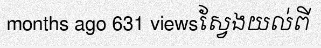
months ago 631 viewsស្វែងយល់ពី